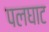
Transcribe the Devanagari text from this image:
पलघाट